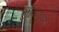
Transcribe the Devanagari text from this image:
तेलियाबुधरी